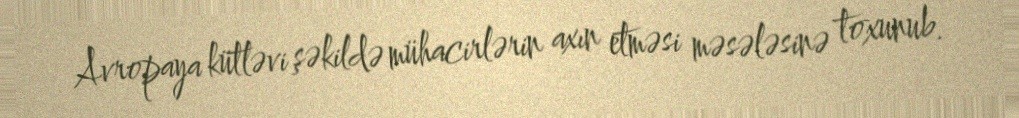
Avropaya kütləvi şəkildə mühacirlərin axın etməsi məsələsinə toxunub.